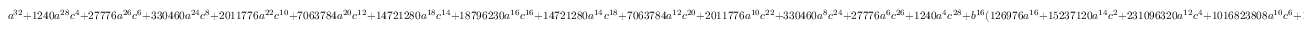
a ^ { 3 2 } + 1 2 4 0 a ^ { 2 8 } c ^ { 4 } + 2 7 7 7 6 a ^ { 2 6 } c ^ { 6 } + 3 3 0 4 6 0 a ^ { 2 4 } c ^ { 8 } + 2 0 1 1 7 7 6 a ^ { 2 2 } c ^ { 1 0 } + 7 0 6 3 7 8 4 a ^ { 2 0 } c ^ { 1 2 } + 1 4 7 2 1 2 8 0 a ^ { 1 8 } c ^ { 1 4 } + 1 8 7 9 6 2 3 0 a ^ { 1 6 } c ^ { 1 6 } + 1 4 7 2 1 2 8 0 a ^ { 1 4 } c ^ { 1 8 } + 7 0 6 3 7 8 4 a ^ { 1 2 } c ^ { 2 0 } + 2 0 1 1 7 7 6 a ^ { 1 0 } c ^ { 2 2 } + 3 3 0 4 6 0 a ^ { 8 } c ^ { 2 4 } + 2 7 7 7 6 a ^ { 6 } c ^ { 2 6 } + 1 2 4 0 a ^ { 4 } c ^ { 2 8 } + b ^ { 1 6 } ( 1 2 6 9 7 6 a ^ { 1 6 } + 1 5 2 3 7 1 2 0 a ^ { 1 4 } c ^ { 2 } + 2 3 1 0 9 6 3 2 0 a ^ { 1 2 } c ^ { 4 } + 1 0 1 6 8 2 3 8 0 8 a ^ { 1 0 } c ^ { 6 } + 1 6 3 4 1 8 1 1 2 0 a ^ { 8 } c ^ { 8 } + 1 0 1 6 8 2 3 8 0 8 a ^ { 6 } c ^ { 1 0 } + 2 3 1 0 9 6 3 2 0 a ^ { 4 } c ^ { 1 2 } + 1 5 2 3 7 1 2 0 a ^ { 2 } c ^ { 1 4 } + 1 2 6 9 7 6 c ^ { 1 6 } ) + 6 7 1 0 8 8 6 4 b ^ { 3 2 } + c ^ { 3 2 }